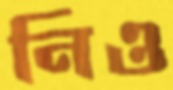
নিও